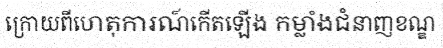
ក្រោយពីហេតុការណ៍កើតឡើង កម្លាំងជំនាញខណ្ឌ